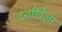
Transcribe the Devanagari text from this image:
दर्शाविला